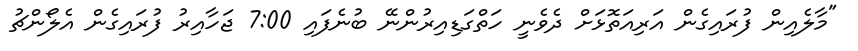
"މާލެއިން ފުރައިގެން އަރިއަތޮޅަށް ދެވެނީ ހަތްގަޑިއިރުންނޭ ބުނެފައި 7:00 ޖަހާއިރު ފުރައިގެން އެލޯންޗު